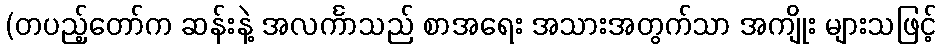
(တပည့်တော်က ဆန်းနဲ့ အလင်္ကာသည် စာအရေး အသားအတွက်သာ အကျိုး များသဖြင့်